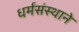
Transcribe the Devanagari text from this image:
धर्मसंस्थाने